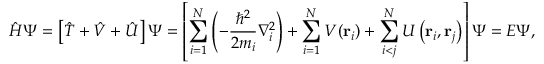
{ \hat { H } } \Psi = \left[ { \hat { T } } + { \hat { V } } + { \hat { U } } \right] \Psi = \left[ \sum _ { i = 1 } ^ { N } \left( - { \frac { \hbar ^ { 2 } } { 2 m _ { i } } } \nabla _ { i } ^ { 2 } \right) + \sum _ { i = 1 } ^ { N } V ( \mathbf { r } _ { i } ) + \sum _ { i < j } ^ { N } U \left( \mathbf { r } _ { i } , \mathbf { r } _ { j } \right) \right] \Psi = E \Psi ,